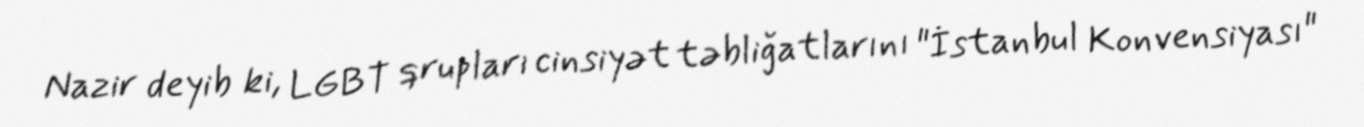
Nazir deyib ki, LGBT qrupları cinsiyət təbliğatlarını "İstanbul Konvensiyası"